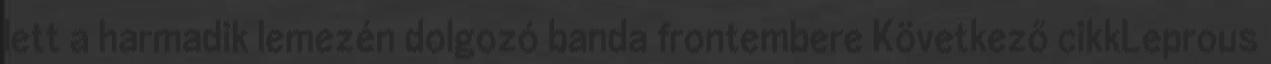
lett a harmadik lemezén dolgozó banda frontembere Következő cikkLeprous